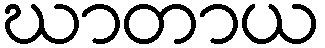
ဃာတာယ